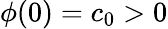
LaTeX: \phi(0)=c_{0}>0